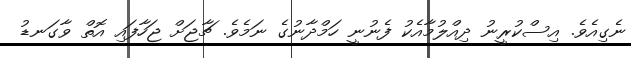
ނެގިއެވެ. އިސްކުރީނު ދިއްލުމާއެކު ފެނުނީ ހަމްދާނުގެ ނަމެވެ. ޗާޖަށް ޖަހާފައި އޮތް ވާގަނޑު